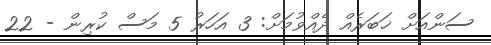
ސަންއަށް ޚަބަރެއް ދެއްވުމަށް: 3 އަހަރު 5 މަސް ކުރިން - 22